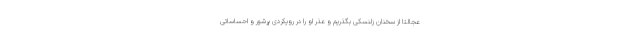
عجالتا از سخنان زلنسکی بگذریم و عذر او را در رویکردی پرشور و احساساتی